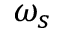
\omega _ { s }